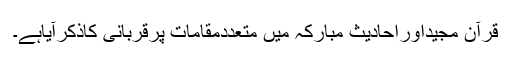
قرآن مجیداوراحادیث مبارکہ میں متعددمقامات پرقربانی کاذکرآیاہے۔